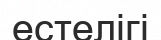
естелігі